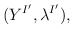
\begin{align*}(Y^{I^{\prime}}, \lambda^{I^{\prime}}),\end{align*}